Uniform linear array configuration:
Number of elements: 4
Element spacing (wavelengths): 1
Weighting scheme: uniform
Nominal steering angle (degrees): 45
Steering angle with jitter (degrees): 43.791
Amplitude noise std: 0.05
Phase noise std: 0.05

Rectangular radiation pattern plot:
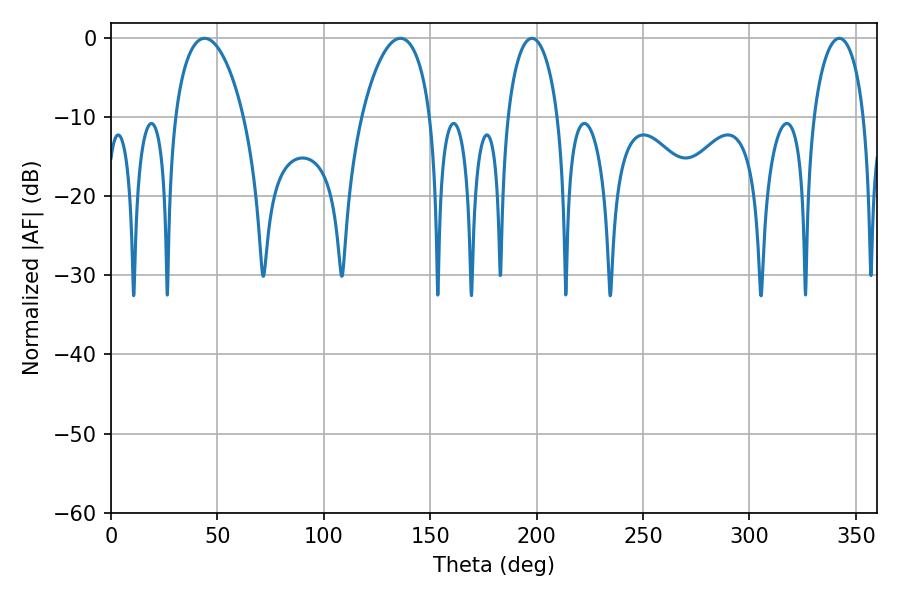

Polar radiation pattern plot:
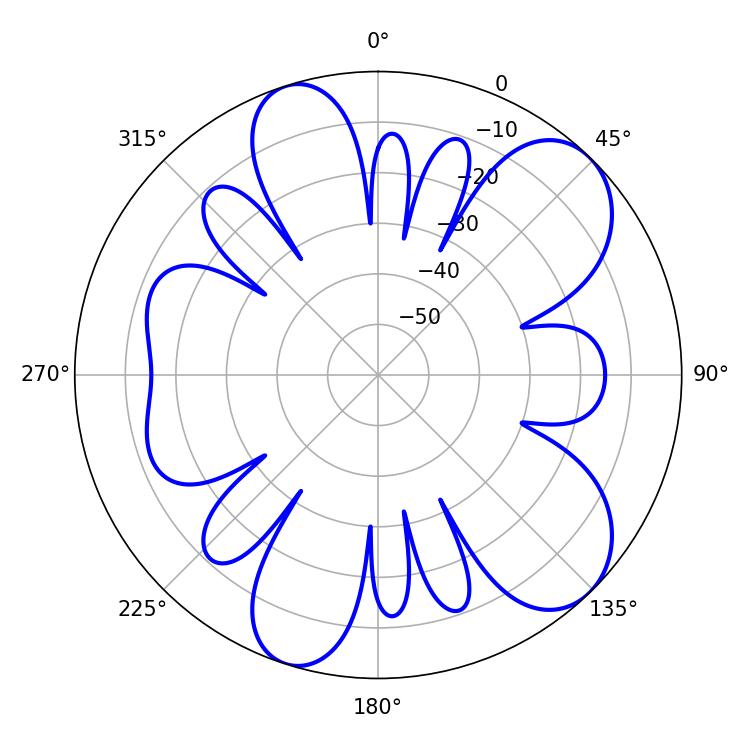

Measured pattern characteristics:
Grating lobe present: TRUE
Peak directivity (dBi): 8.632
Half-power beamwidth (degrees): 13.5
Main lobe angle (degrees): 342.18